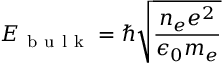
E _ { \mathrm { ~ b ~ u ~ l ~ k ~ } } = \hbar \sqrt { \frac { n _ { e } e ^ { 2 } } { \epsilon _ { 0 } m _ { e } } }